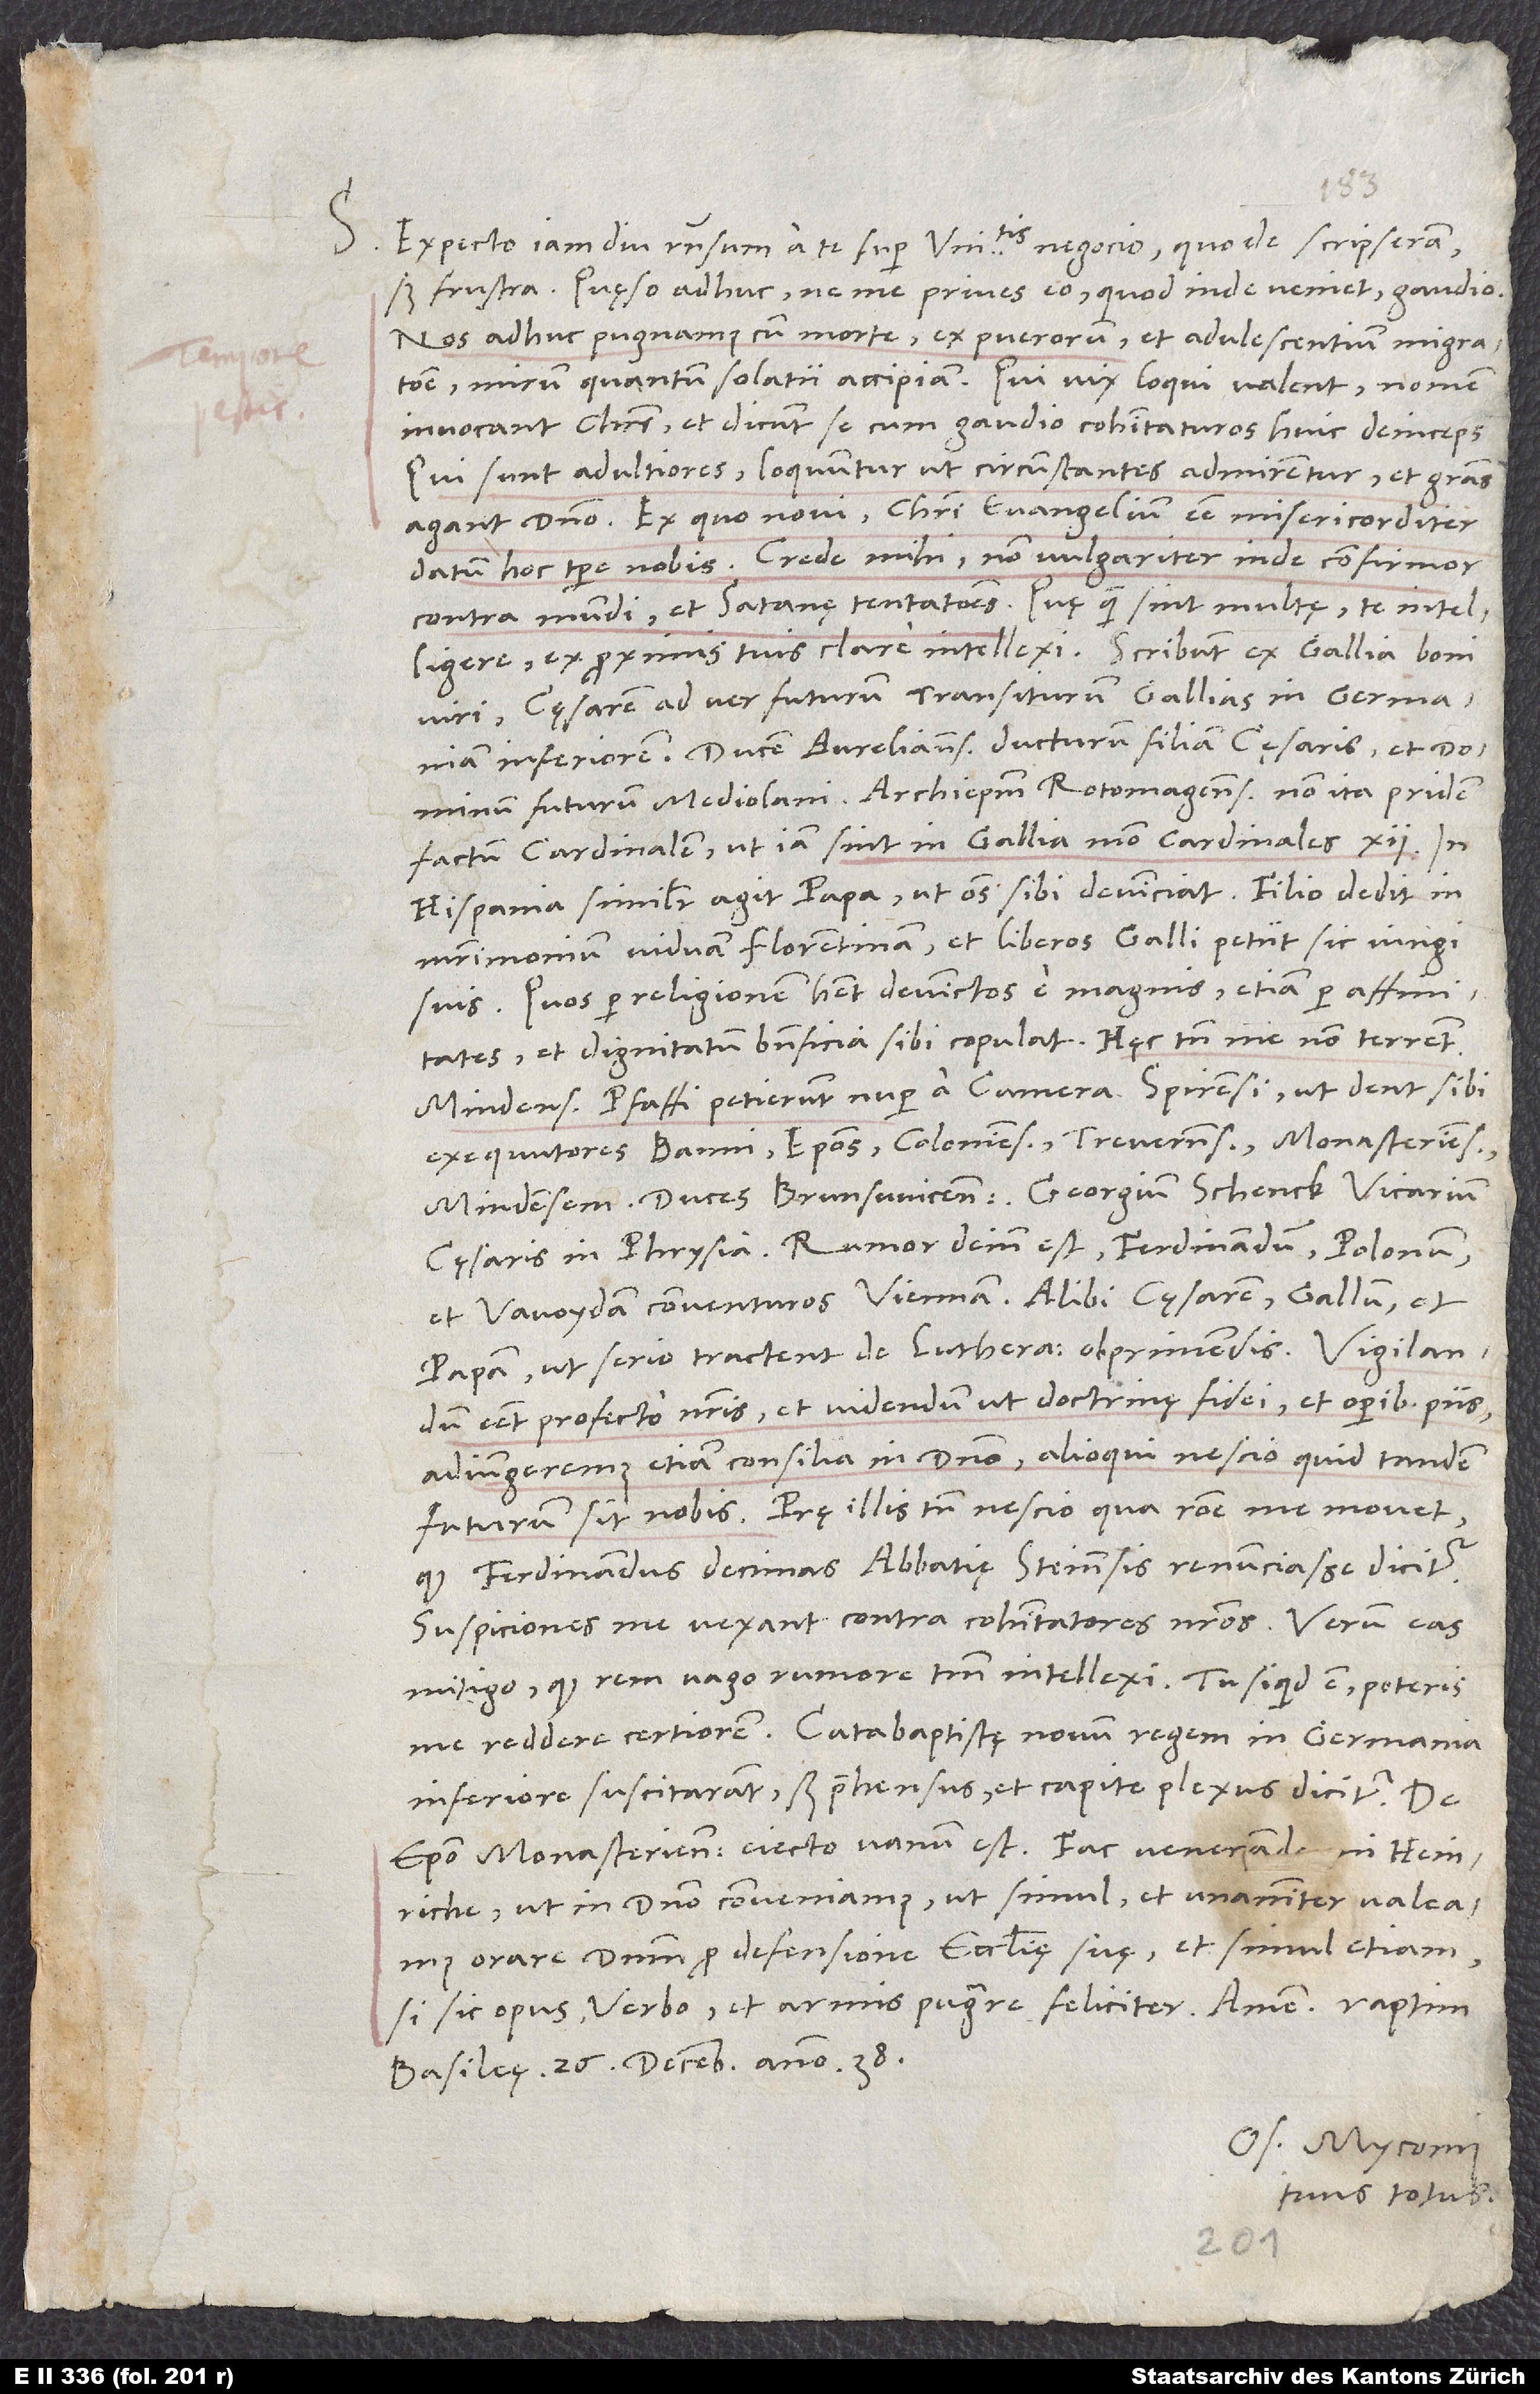
Expecto iam diu responsum a te super universitatis negocio, quo de scripseram;
sed frustra. Quęso adhuc, ne me prives eo, quod inde veniet, gaudio.
Nos adhuc pugnamus cum morte; ex puerorum et adulescentium migratione
mirum, quantum solatii accipiam. Qui vix loqui valent, nomen
invocant Christi et dicunt se cum gaudio cohabitaturos huic deinceps.
Qui sunt adultiores, loquuntur, ut circumstantes admirentur et gratias
Ex quo novi Christi evangelium esse misericorditer
datum hoc tempore nobis. Crede mihi, non vulgariter inde confirmor
contra mundi et satanę tentationes. Quę quam sint multę, te intelligere
ex proximis tuis clare intellexi. Scribunt ex Gallia boni
viri cęsarem ad ver futurum transiturum Gallias in Germaniam
Inferiorem; ducem Aurelianensem ducturum filiam cęsaris et dominum
futurum Mediolani; archiepiscopum Rotomagensem non ita pridem
factum cardinalem, ut iam sint in Gallia modo cardinales 12. In
Hispania similiter agit papa, ut omnes sibi devinciat. Filio dedit in
matrimonium viduam Florentinam et liberos Galli petiit sic iungi
suis. Quos per religionem habet devinctos e magnis, etiam per affinitates
et dignitatum beneficia sibi copulat. Hęc tamen me non terrent.
Mindenses pfaffi petierunt nuper a camera Spirensi, ut dent sibi
exequutores banni episcopos Coloniensem, Treverensem, Monasteriensem,
papam, ut serio tractent de Lutheranis obprimendis. Vigilandum
esset profecto nostris et videndum, ut doctrinę fidei et operibus piis
adiungeremus etiam consilia in domino; alioqui nescio, quid tandem
quod Ferdinandus decimas abbatię Steinensis renunciasse dicitur.
Suspiciones me vexant contra cohabitatores nostros; verum eas
me reddere certiorem. Catabaptistę novum regem in Germania
Inferiore suscitarant; sed prehensus et capite plexus dicitur. De
Heinriche, ut in domino conveniamus, ut simul et unanimiter valeamus
orare dominum pro defensione ecclesię suę et simul etiam,
si sic opus, verbo et armis pugnare feliciter. Amen.
Basileę, 26. decembris anno 38.
Os. Myconius
tuus totus.

S.